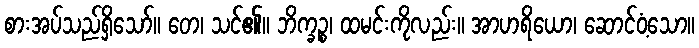
စားအပ်သည်ရှိသော်။ တေ၊ သင်၏။ ဘိက္ခဉ္စ၊ ထမင်းကိုလည်း။ အာဟရိယော၊ ဆောင်ဝံ့သော။